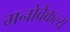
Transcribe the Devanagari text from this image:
मनोवैकल्य